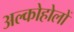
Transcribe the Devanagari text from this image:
अल्कोहोलों